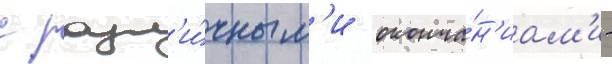
с разл'и́чным'и оконча́н'иам'и -